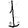
Digit: 1